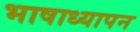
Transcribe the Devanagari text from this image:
भाषाध्यापन